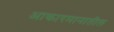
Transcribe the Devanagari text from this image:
आकारमानातील